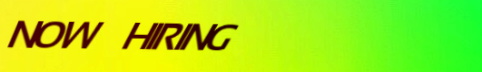
NOW HIRING